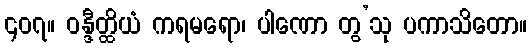
၄၀၇။ ဝန္ဒီတ္ထိယံ ကရမရော၊ ပါဏော တွ’သု ပကာသိတော။